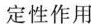
定性作用